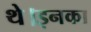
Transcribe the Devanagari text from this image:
थे।इनका